Document type: Dowry acquittance
Year: 1427
Scribe: Pere Tarafa
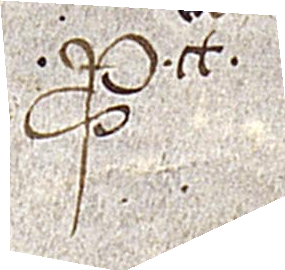
Probata. ᑕlausum traditum.